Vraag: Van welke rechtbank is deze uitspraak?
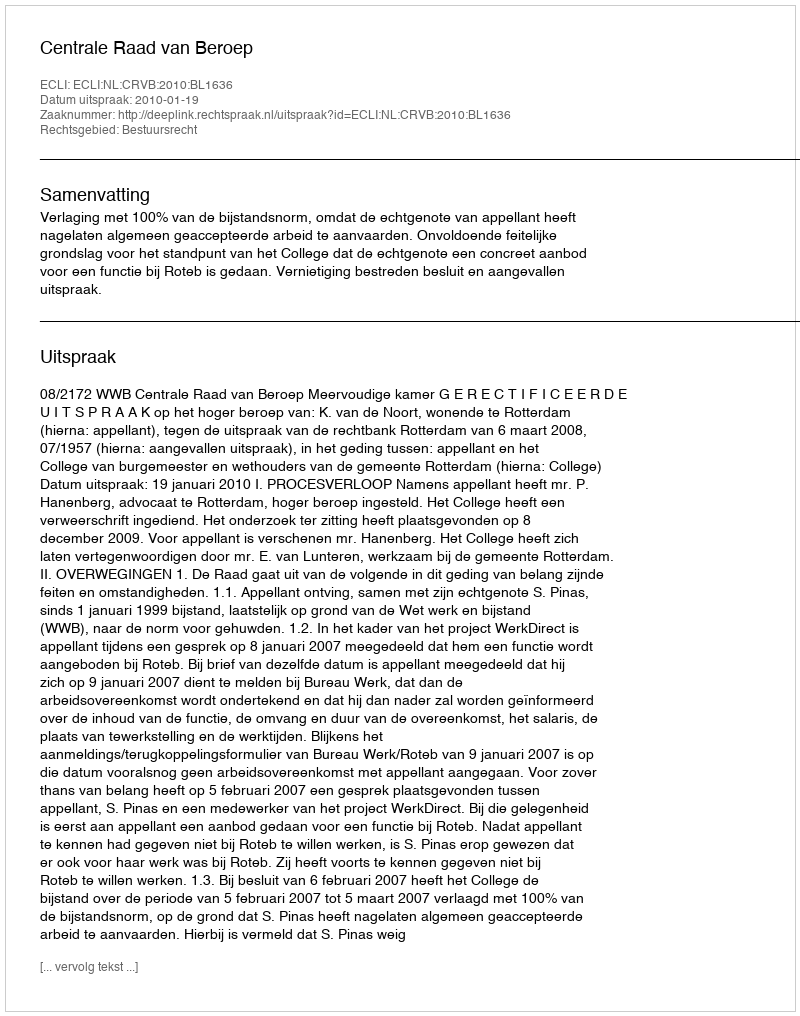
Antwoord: Centrale Raad van Beroep